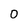
Character: 0